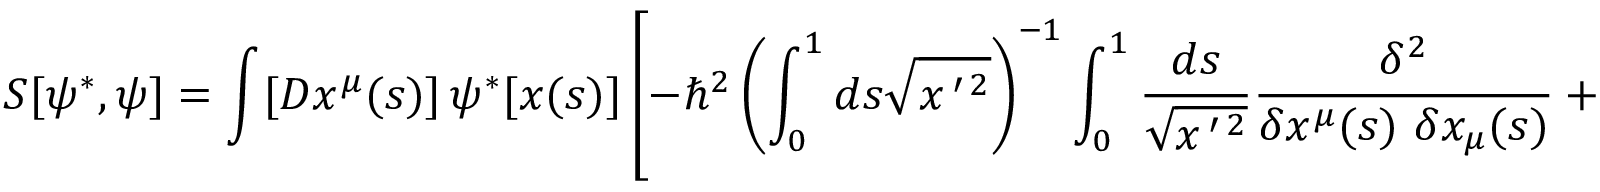
S [ \psi ^ { * } , \psi ] = \int [ D x ^ { \mu } ( s ) ] \, \psi ^ { * } [ x ( s ) ] \left[ - \hbar ^ { 2 } \left( \int _ { 0 } ^ { 1 } d s \sqrt { x ^ { \, \prime \, 2 } } \right) ^ { - 1 } \int _ { 0 } ^ { 1 } { \frac { d s } { \sqrt { x ^ { \, \prime \, 2 } } } } { \frac { \delta ^ { 2 } } { \delta x ^ { \mu } ( s ) \ \delta x _ { \mu } ( s ) } } + m ^ { 4 } \right] \psi [ x ( s ) ] \nonumber \,